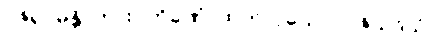
ဝဇိရုပမန္တိ၊ ကား။ တိခဏံ၊ ထက်လှသော။ ဝဇိသဒိသံ၊